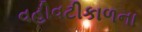
વહીવટીકાળના